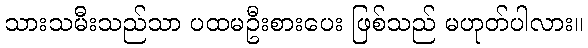
သားသမီးသည်သာ ပထမဦးစားပေး ဖြစ်သည် မဟုတ်ပါလား။